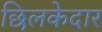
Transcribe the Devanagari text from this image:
छिलकेदार